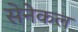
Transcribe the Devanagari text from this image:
सेनेकल